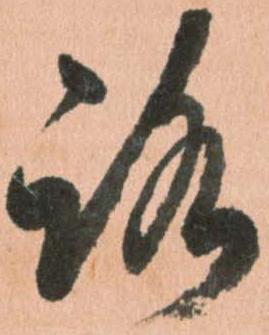
路